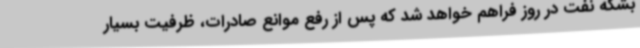
بشکه نفت در روز فراهم خواهد شد که پس از رفع موانع صادرات، ظرفیت بسیار